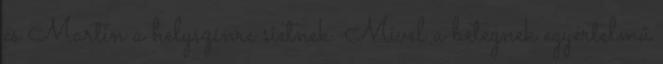
és Martin a helyszínre sietnek. Mivel a betegnek egyértelmű